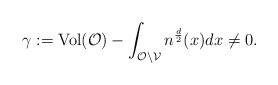
\begin{align*}\gamma:= \operatorname{Vol}(\mathcal O) - \int_{\mathcal O \backslash \mathcal V}n^{\frac d 2}(x)dx \neq 0.\end{align*}